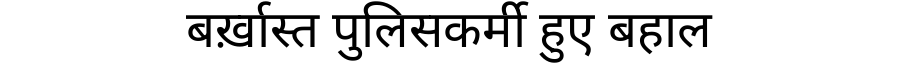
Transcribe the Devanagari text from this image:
बर्ख़ास्त पुलिसकर्मी हुए बहाल